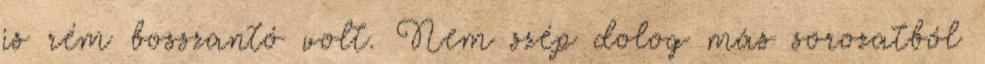
is rém bosszantó volt. Nem szép dolog más sorozatból